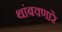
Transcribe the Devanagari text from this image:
थांबवणारे